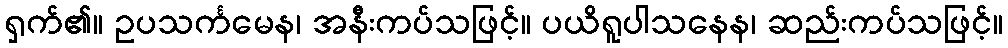
ရှက်၏။ ဥပသင်္ကမေန၊ အနီးကပ်သဖြင့်။ ပယိရူပါသနေန၊ ဆည်းကပ်သဖြင့်။